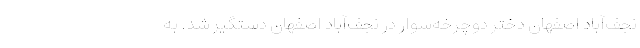
نجف‌آباد اصفهان دختر دوچرخه‌سوار در نجف‌آباد اصفهان دستگیر شد. به